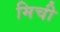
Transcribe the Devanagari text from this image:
मिची